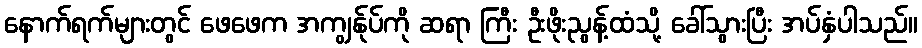
နောက်ရက်များတွင် ဖေဖေက အကျွန်ုပ်ကို ဆရာ ကြီး ဦးဖိုးညွန့်ထံသို့ ခေါ်သွားပြီး အပ်နှံပါသည်။